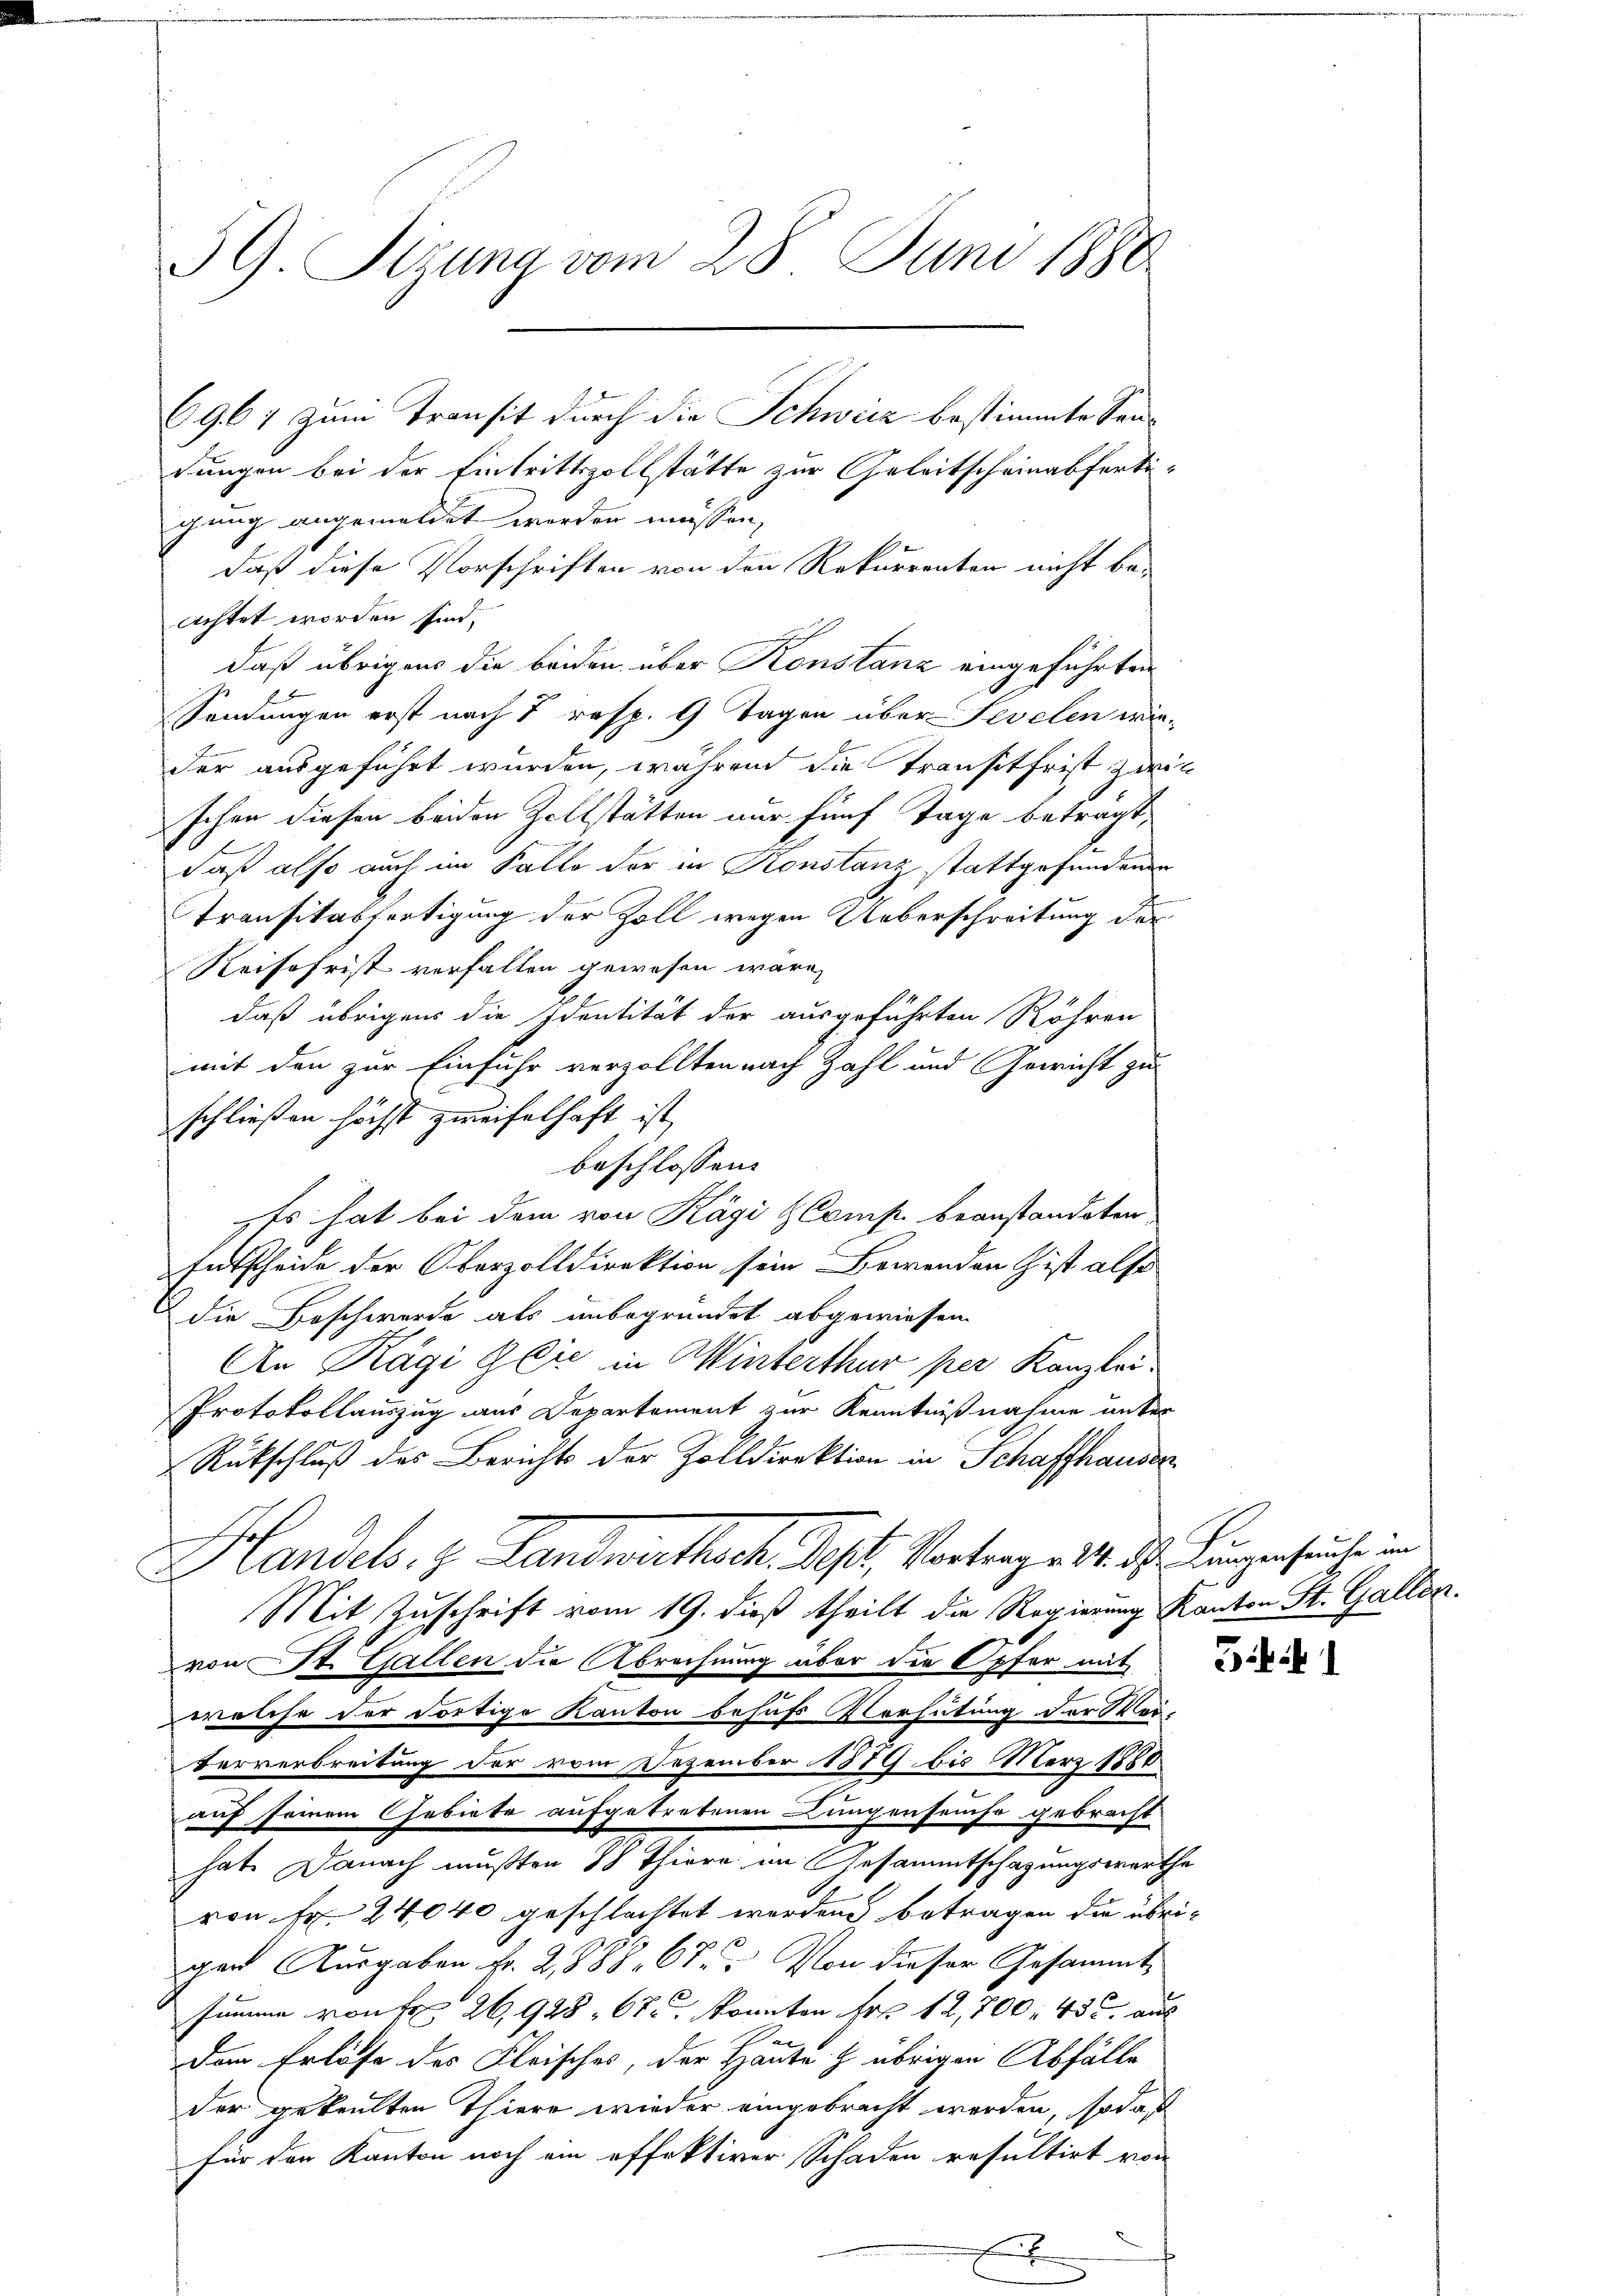
39. Sitzung vom 28. Juni 1888
6967 zum Transit durch die Schweiz bestimmte Sanrungen bei der Eintrittszollstätte zur Geleitscheinabferti¬

gung angemeldet werden müssen,
daß diese Vorschriften von den Rekurrenten nicht be-
achtet worden sind.
daß übrigens die beiden über Konstanz eingeführten
Sendungen erst nach 7 resp. 9 Tagen über Sevelen wie-
der ausgeführt wurden, während die Transitfrist zwis
schen diesen beiden Zollstätten nur fünf Tage betragt,
daß also auch im Fallo der in Konstanz stattgefundenen
Transitabfertigung der Zoll wegen Ueberschreitung der
Reisefrist verfallen gewesen wäre,
daß übrigens die Identität der ausgeführten Röhren
mit den zur Einfuhr verzollten nach Zahl und Gewicht zu
schließen höchst zweifelhaft ist
beschlossen:
Es hat bei dem von Kägi HComp. beanstandeten
Entscheide der Oberzolldirektion sein Bewenden ist also
die Beschwerde als unbegründet abgewiesen.
An Ragi Glie in Winterthur per Kanzlei-
Protokollauszug aus Departement zur Kenntnißnahme unter
Rückschluß des Berichts der Zolldirektion in Schaffhauser
Handels. z. Landwirthsch. Rest, Vortrage 14. d. Lungenseuche in
Mit Zuschrift vom 19. dieß theilt die Regierung Kanton St. Gallen.
von St. Gallen die Abrechnung über die Opfer mit de
welche der dortige Kanton behufs Vorhütung der Wei-
Ververbreitung der vom Dezember 1879 bis März 1888
auf seinem Gebiete aufgetretenen Lungenseuche gebracht
hat. Danach mußten 88 Thiere im Gesammtschazungswerthe
von Fr. 24040 geschlachtet werden betragen die übrigen Ausgaben Fr. 2,888. 67. Von dieser Gesammt
summe von Fr. 26, 928, 67 u. konnten Frk. 12,700. 435 aus
e
Dem Erlöse des Fleisches, der Haute & übrigen Abfälle
der gekauften Thiero wieder eingebracht werden, sodas
für den Kanton noch ein offektiver Schaden resultirt wor

x